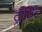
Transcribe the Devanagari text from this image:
ट्रॉजिट